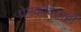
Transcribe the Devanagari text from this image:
प्रेमकविताही